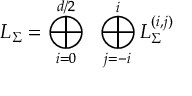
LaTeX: L _ { \Sigma } = \bigoplus _ { i = 0 } ^ { d / 2 } ~ \bigoplus _ { j = - i } ^ { i } L _ { \Sigma } ^ { ( i , j ) }